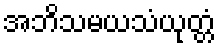
အဘိသမယသံယုတ္တံ